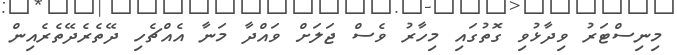
މިނިސްޓަރު ވިދާޅުވި ގޮތުގައި މިހާރު ވެސް ޖަލަށް ވައްދާ މަނާ އެއްޗެހި ދޭތެރެދޭތެރެއިން